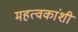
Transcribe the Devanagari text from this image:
महत्वकांशी